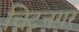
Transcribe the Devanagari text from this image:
चिटनगर